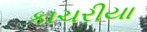
કાચરીયા